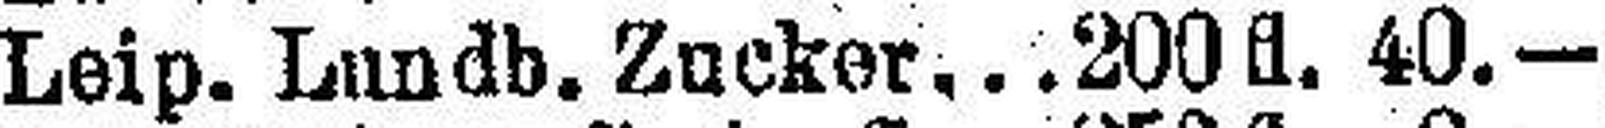
Leip. Lundb. Zucker 200 fl. 40.—